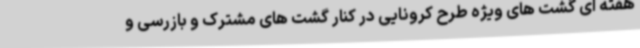
هفته ای گشت های ویژه طرح کرونایی در کنار گشت های مشترک و بازرسی و